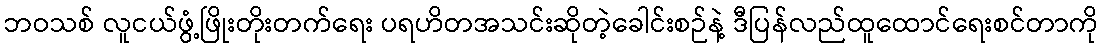
ဘဝသစ် လူငယ်ဖွံ့ဖြိုးတိုးတက်ရေး ပရဟိတအသင်းဆိုတဲ့ခေါင်းစဉ်နဲ့ ဒီပြန်လည်ထူထောင်ရေးစင်တာကို